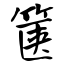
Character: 箧